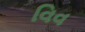
વિવ